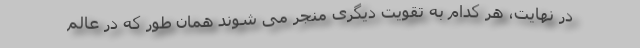
در نهایت، هر کدام به تقویت دیگری منجر می شوند همان طور که در عالم